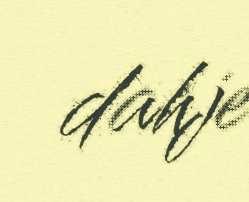
dahje